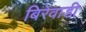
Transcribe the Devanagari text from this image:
बिरेवाडी